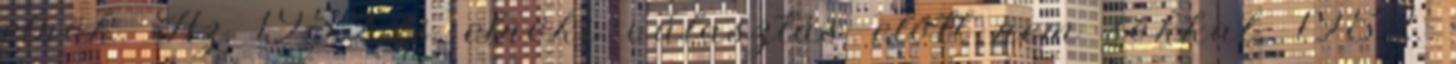
elnök. Az 1952-es elnöki választás előtt nem sokkal, 1952.